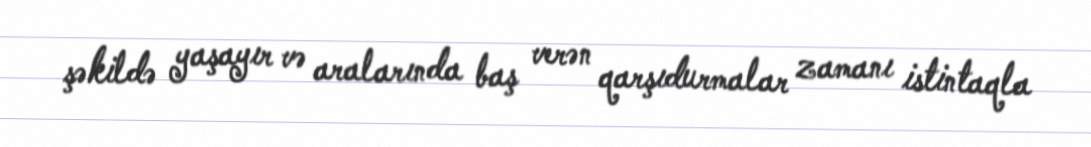
şəkildə yaşayır və aralarında baş verən qarşıdurmalar zamanı istintaqla